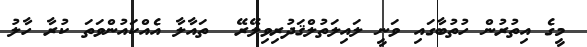
މީގެ އިތުރުން ހުތުބާގައި ވަނީ ލައިލަތުލްޤަދުރިވިލޭރޭ  ތައާލާ އެއްކައުންވަތަ ކުރާ ހާލު